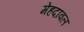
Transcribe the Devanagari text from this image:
मेंहदावल